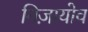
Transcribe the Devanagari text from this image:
निज़ायोव